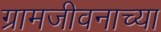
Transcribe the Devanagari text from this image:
ग्रामजीवनाच्या